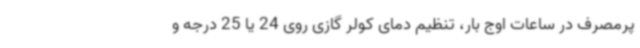
پرمصرف در ساعات اوج بار، تنظیم دمای کولر گازی روی 24 یا 25 درجه و